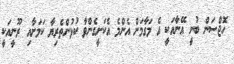
ހޮޖްސަން ބުނީ އޭނާއަކީ އެ މަގާމަށް އެންމެ އެކަށީގެންވާ ކުޅުންތެރިޔާ ކަމަށާއި ރޫނީއަކީ